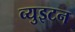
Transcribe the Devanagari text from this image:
व्युइटन